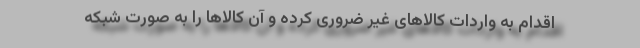
اقدام به واردات کالاهای غیر ضروری کرده و آن کالاها را به صورت شبکه